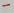
Text: -